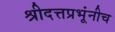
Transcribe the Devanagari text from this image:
श्रीदत्तप्रभूंनीच